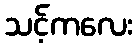
သင့်ကလေး